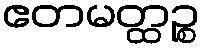
ဧတမတ္ထဉ္စ